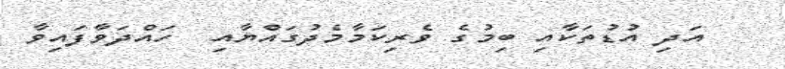
އަދި އުޑުތަކާއި ބިމުގެ ވެރިކަމާމެދުގައްޔާއި  ހައްދަވާފައިވާ